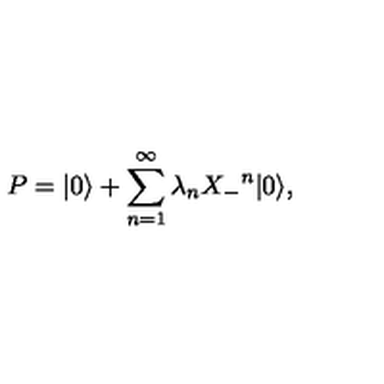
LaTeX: P = | 0 \rangle + \sum _ { n = 1 } ^ { \infty } \lambda _ { n } { X _ { - } } ^ { n } | 0 \rangle ,